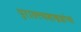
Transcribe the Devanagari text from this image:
पुरातत्त्वशास्त्रज्ञांचा